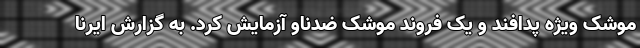
موشک ویژه پدافند و یک فروند موشک ضدناو آزمایش کرد. به گزارش ایرنا